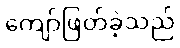
ကျော်ဖြတ်ခဲ့သည်